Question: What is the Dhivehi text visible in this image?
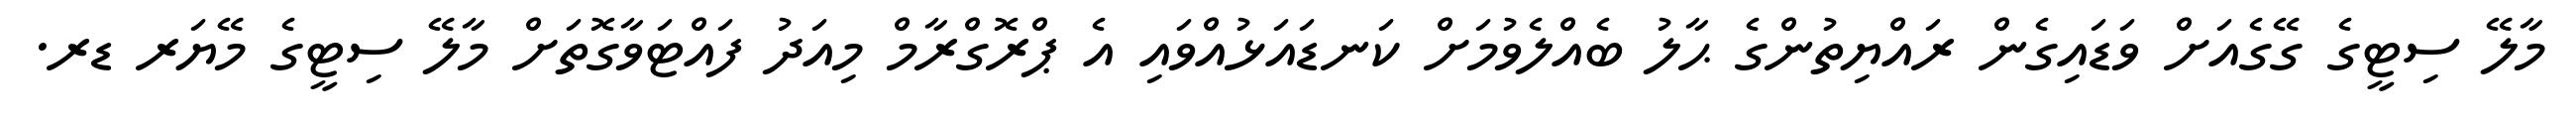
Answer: މާލޭ ސިޓީގެ ގޭގެއަށް ވަޑައިގެން ރައްޔިތުންގެ ޙާލު ބެއްލެވުމަށް ކަނޑައަޅުއްވައި އެ ޕްރޮގްރާމް މިއަދު ފައްޓަވާގޮތަށް މާލޭ ސިޓީގެ މޭޔަރ ޑރ.